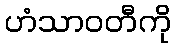
ဟံသာဝတီကို